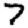
Digit: 7